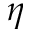
\eta